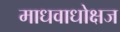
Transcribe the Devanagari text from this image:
माधवाधोक्षज